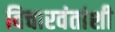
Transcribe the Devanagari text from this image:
विचारवंतांशी